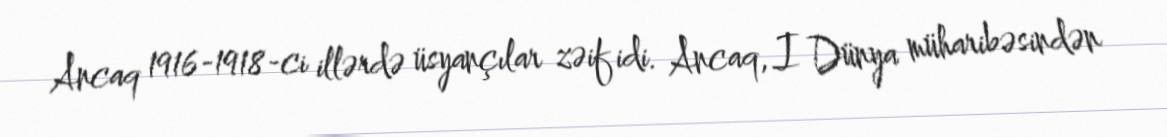
Ancaq 1916-1918-ci illərdə üsyançılar zəif idi. Ancaq, I Dünya müharibəsindən